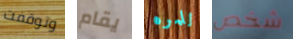
وتوقفت يقام للمره شخص